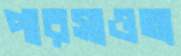
পারসাওতা